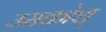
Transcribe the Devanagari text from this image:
उसकोश्